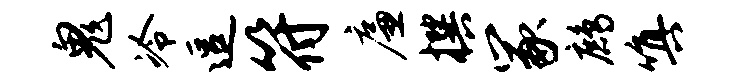
鬼冷逗符廉撰冢鹧嗔